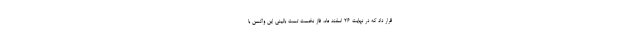
قرار داد که در نهایت ۲۶ اسفند ماه، فاز نخست تست بالینی این واکسن با